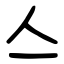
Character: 亼